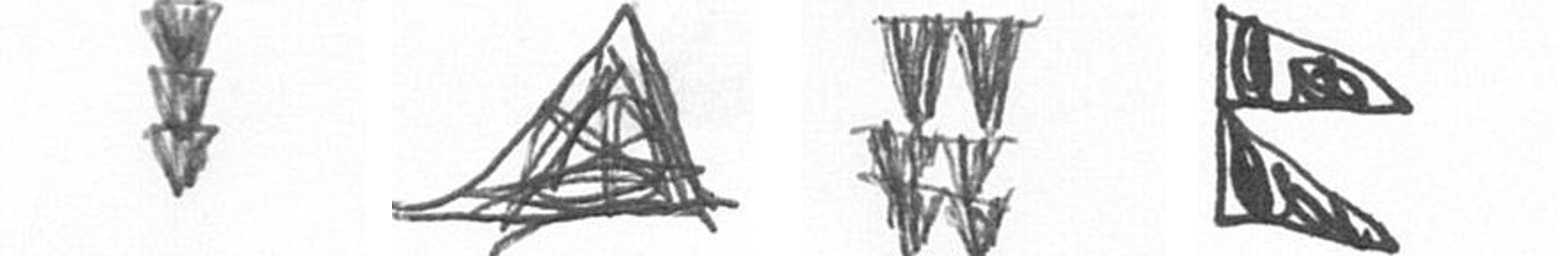
E O Y P